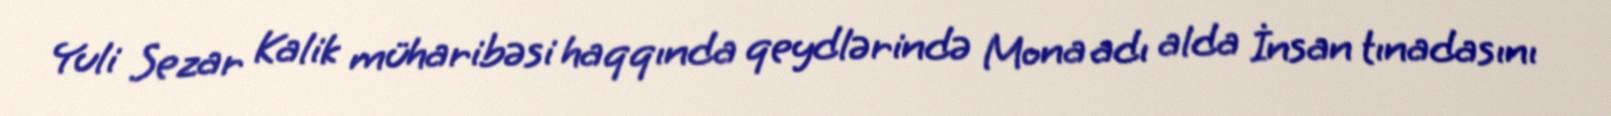
Yuli Sezar Kalik müharibəsi haqqında qeydlərində Mona adı alda İnsan tınadasını